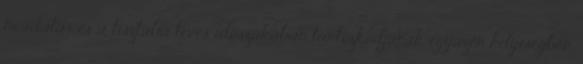
mosdatás és a tisztába tevés idõszakában tartózkodjanak egyazon helyiségben.